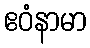
ဧဝံနာမာ